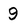
Character: 9